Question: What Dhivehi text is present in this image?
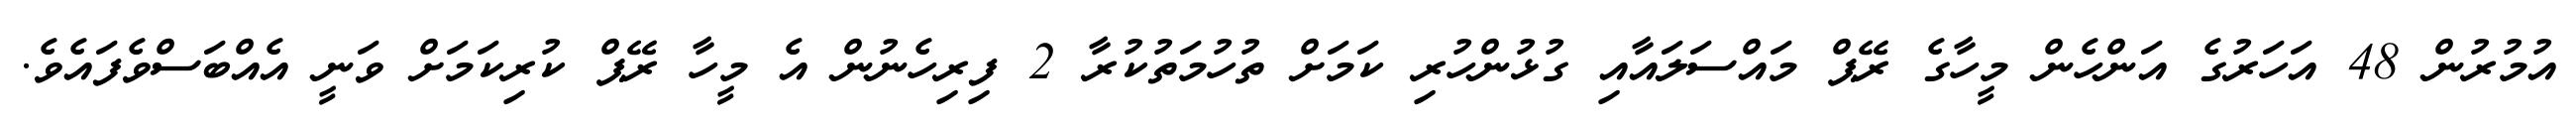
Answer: އުމުރުން 48 އަހަރުގެ އަންހެން މީހާގެ ރޭޕް މައްސަލައާއި ގުޅުންހުރި ކަމަށް ތުހުމަތުކުރާ 2 ފިރިހެނުން އެ މީހާ ރޭޕް ކުރިކަމަށް ވަނީ އެއްބަސްވެފައެވެ.